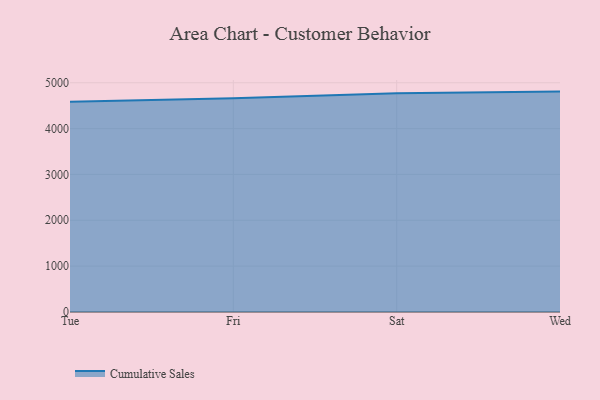
{"axis": {"x": "Day", "y": "Inventory Turnover"}, "legend": ["Cumulative Sales"], "data": [{"x": "Tue", "y": 4587.1, "type": "Cumulative Sales"}, {"x": "Fri", "y": 4661.8, "type": "Cumulative Sales"}, {"x": "Sat", "y": 4768.9, "type": "Cumulative Sales"}, {"x": "Wed", "y": 4806.7, "type": "Cumulative Sales"}]}